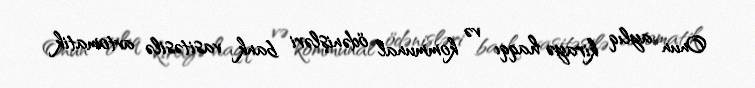
Onun aylıq kirayə haqqı və kommunal ödənişləri bank vasitəsilə avtomatik